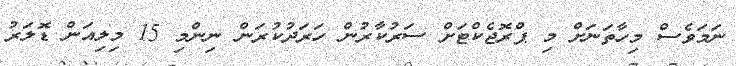
ނަމަވެސް މިހާތަނަށް މި ޕްރޮޖެކްޓަށް ސަރުކާރުން ހަރަދުކުރަން ނިންމި 15 މިލިއަން ޑޮލަރު